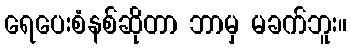
ရေပေးစံနစ်ဆိုတာ ဘာမှ မခက်ဘူး။